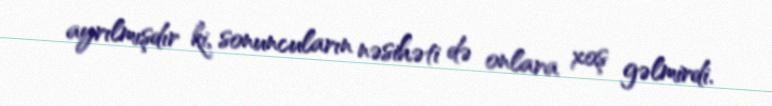
ayrılmışdır ki, sonuncuların nəsihəti də onlara xoş gəlmirdi.